Rangoon Lunatic Asylum 1898-1906 - 1898-1906
Year: 1898
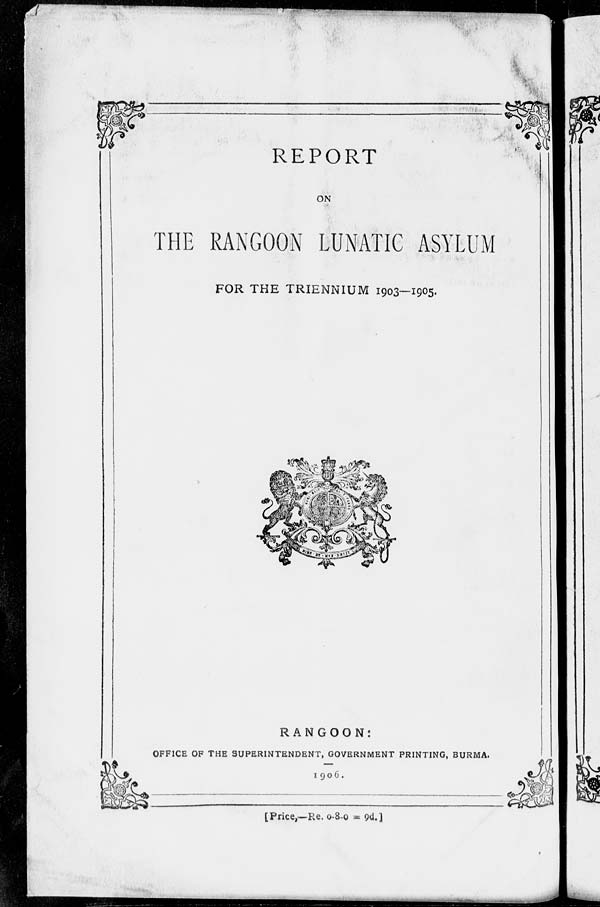
REPORT
ON
THE RANGOON LUNATIC ASYLUM
FOR THE TRIENNIUM 1903—1905.
RANGOON:
OFFICE OF THE SUPERINTENDENT, GOVERNMENT PRINTING, BURMA.
1906.
[Price,—Re. 0-8-0 = 9d.]